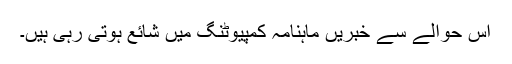
اس حوالے سے خبریں ماہنامہ کمپیوٹنگ میں شائع ہوتی رہی ہیں۔